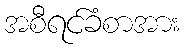
အစီရင်ခံစာအား